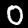
Digit: 0